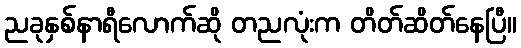
ညခုနှစ်နာရီလောက်ဆို တညလုံးက တိတ်ဆိတ်နေပြီ။